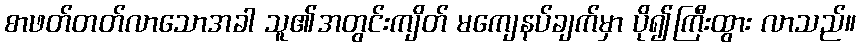
စာဖတ်တတ်လာသောအခါ သူ၏အတွင်းကျိတ် မကျေနပ်ချက်မှာ ပို၍ကြီးထွား လာသည်။